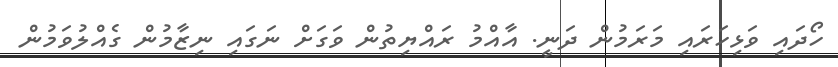
ހޯދައި ވަޅިހަރައި މަރަމުން ދަނީ. އާއްމު ރައްޔިތުން ވަގަށް ނަގައި ނިޒާމުން ގެއްލުވަމުން